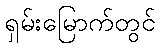
ရှမ်းမြောက်တွင်